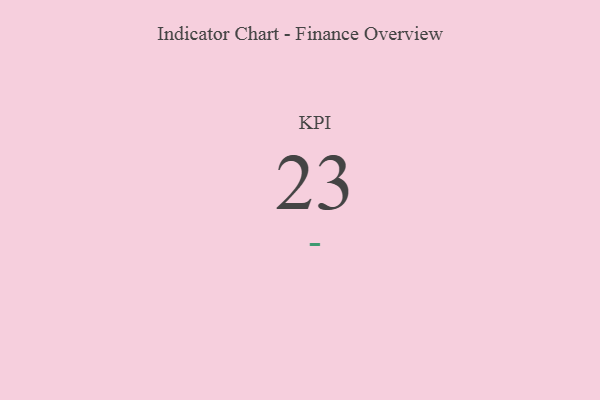
{"axis": {"x": "KPI", "y": "Value"}, "legend": [""], "data": [{"x": "KPI", "y": 23, "type": ""}]}